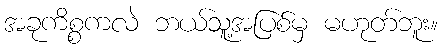
အခုကိစ္စကလဲ ဘယ်သူ့အပြစ်မှ မဟုတ်ဘူး။